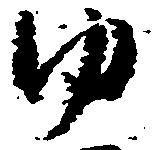
ゆ